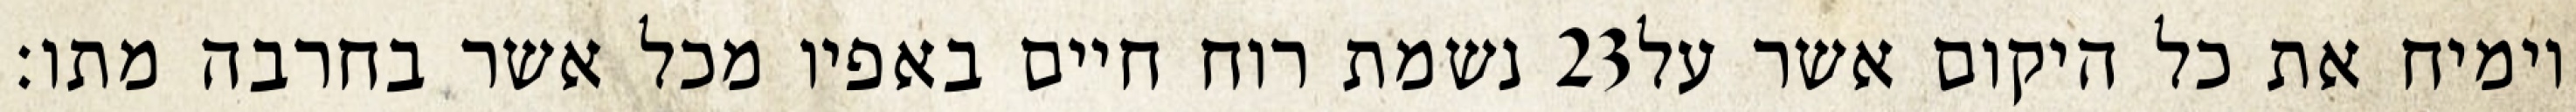
נשמת רוח חיים באפיו מכל אשר בחרבה מתו׃ ‎23‏ וימיח את כל היקום אשר על